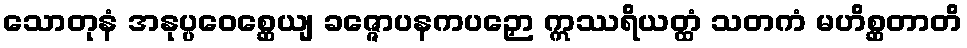
သောတုနံ အနုပ္ပဝေစ္ဆေယျ ခဇ္ဇောပနကပဉှော ဣဿရိယတ္ထံ သတကံ မဟိစ္ဆတာတိ